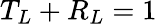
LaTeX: T_{L}+R_{L}=1